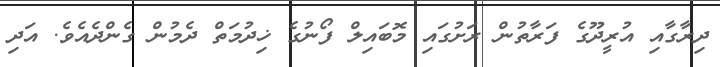
ދިރާގާއި އުރީދޫގެ ފަރާތުން ރަށުގައި މޮބައިލް ފޯނުގެ ޚިދުމަތް ދެމުން ގެންދެއެވެ. އަދި